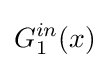
G_{1}^{in}(x)